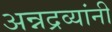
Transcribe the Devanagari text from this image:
अन्नद्रव्यांनी